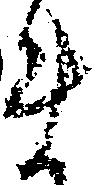
ま